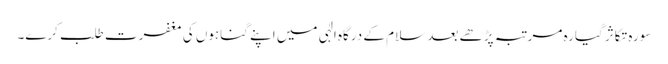
سورہ تکاثر گیارہ مرتبہ پڑھے بعد سلام کے درگاہ الٰہی میں اپنے گناہوں کی مغفرت طلب کرے۔